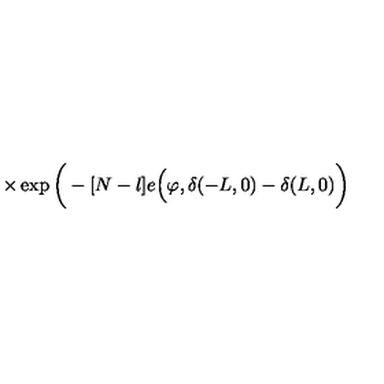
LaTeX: \times \exp \bigg ( - [ N - l ] e \Big ( \varphi , \delta ( - L , 0 ) - \delta ( L , 0 ) \bigg )